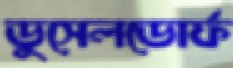
ডুসেলডোর্ফ